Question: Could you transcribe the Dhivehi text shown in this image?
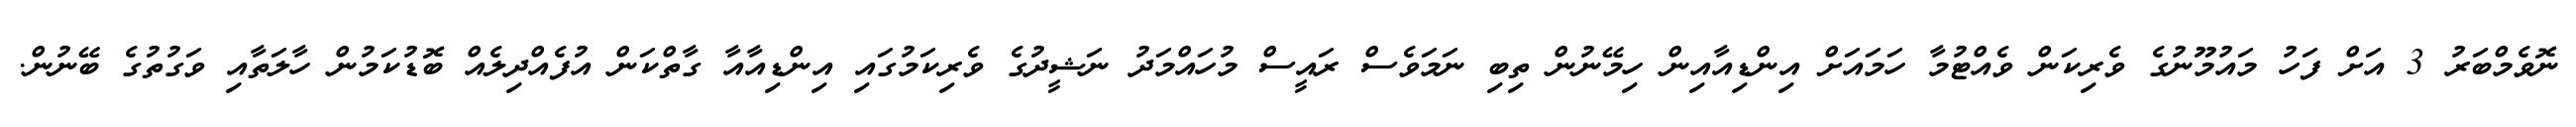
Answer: ނޮވެމްބަރު 3 އަށް ފަހު މައުމޫނުގެ ވެރިކަން ވެއްޓުމާ ހަމައަށް އިންޑިއާއިން ހިމޭނުން ތިބި ނަމަވެސް ރައީސް މުހައްމަދު ނަޝީދުގެ ވެރިކަމުގައި އިންޑިއާއާ ގާތްކަން އުފެއްދިލެއް ބޮޑުކަމުން ހާލަތާއި ވަގުތުގެ ބޭނުން.